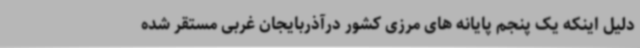
دلیل اینکه یک پنجم پایانه های مرزی کشور درآذربایجان غربی مستقر شده